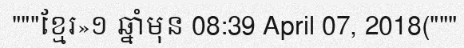
"""ខ្មែរ»១ ឆ្នាំមុន 08:39 April 07, 2018("""